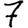
Digit: 7